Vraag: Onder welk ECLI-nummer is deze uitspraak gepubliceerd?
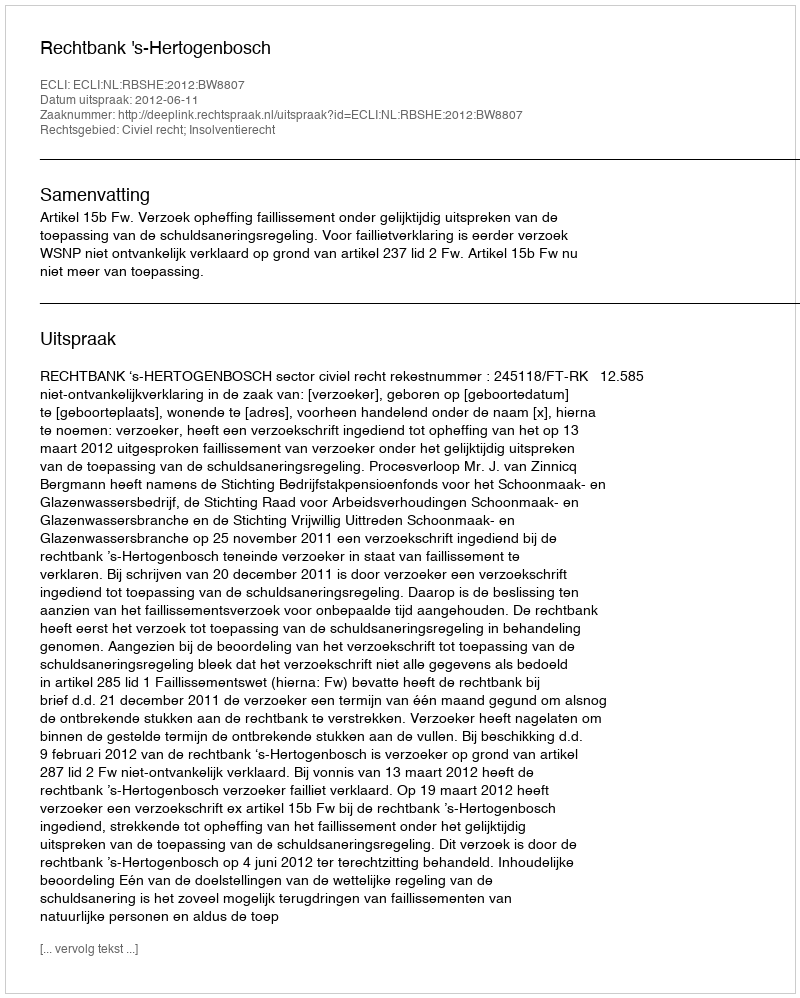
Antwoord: ECLI:NL:RBSHE:2012:BW8807